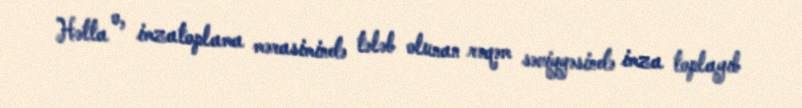
Hətta o, imzatoplama mərasimində tələb olunan rəqəm səviyyəsində imza toplayıb